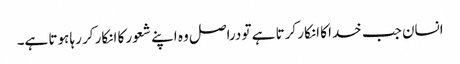
انسان جب خدا کا انکار کرتا ہے تو دراصل وہ اپنے شعور کا انکار کر رہا ہوتا ہے۔